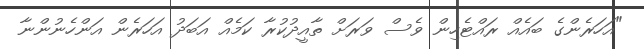
"އަހަރެންގެ ބައެއް ރައްޓެހިން ވެސް ވަރަށް ތާއީދުކުރާ ކަމެއް އަބަދު އަހަރެން އަންހެނުންނާ